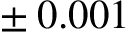
\pm \: 0 . 0 0 1